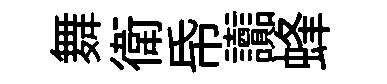
舞衛帋讟蜂